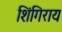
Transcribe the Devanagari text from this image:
शिंगिराय